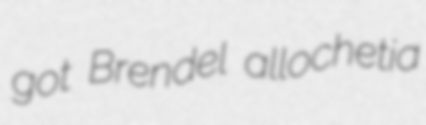
got Brendel allochetia